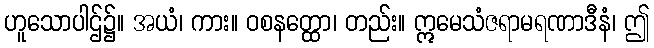
ဟူသောပါဌ်၌။ အယံ၊ ကား။ ဝစနတ္ထော၊ တည်း။ ဣမေသံဇရာမရဏာဒီနံ၊ ဤ